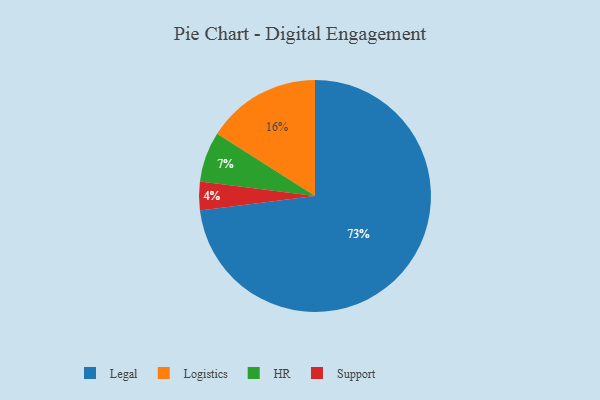
{"axis": {"x": "Category", "y": "Percentage"}, "legend": ["HR", "Legal", "Logistics", "Support"], "data": [{"x": "Legal", "y": 73, "type": "Legal"}, {"x": "HR", "y": 7, "type": "HR"}, {"x": "Support", "y": 4, "type": "Support"}, {"x": "Logistics", "y": 16, "type": "Logistics"}]}